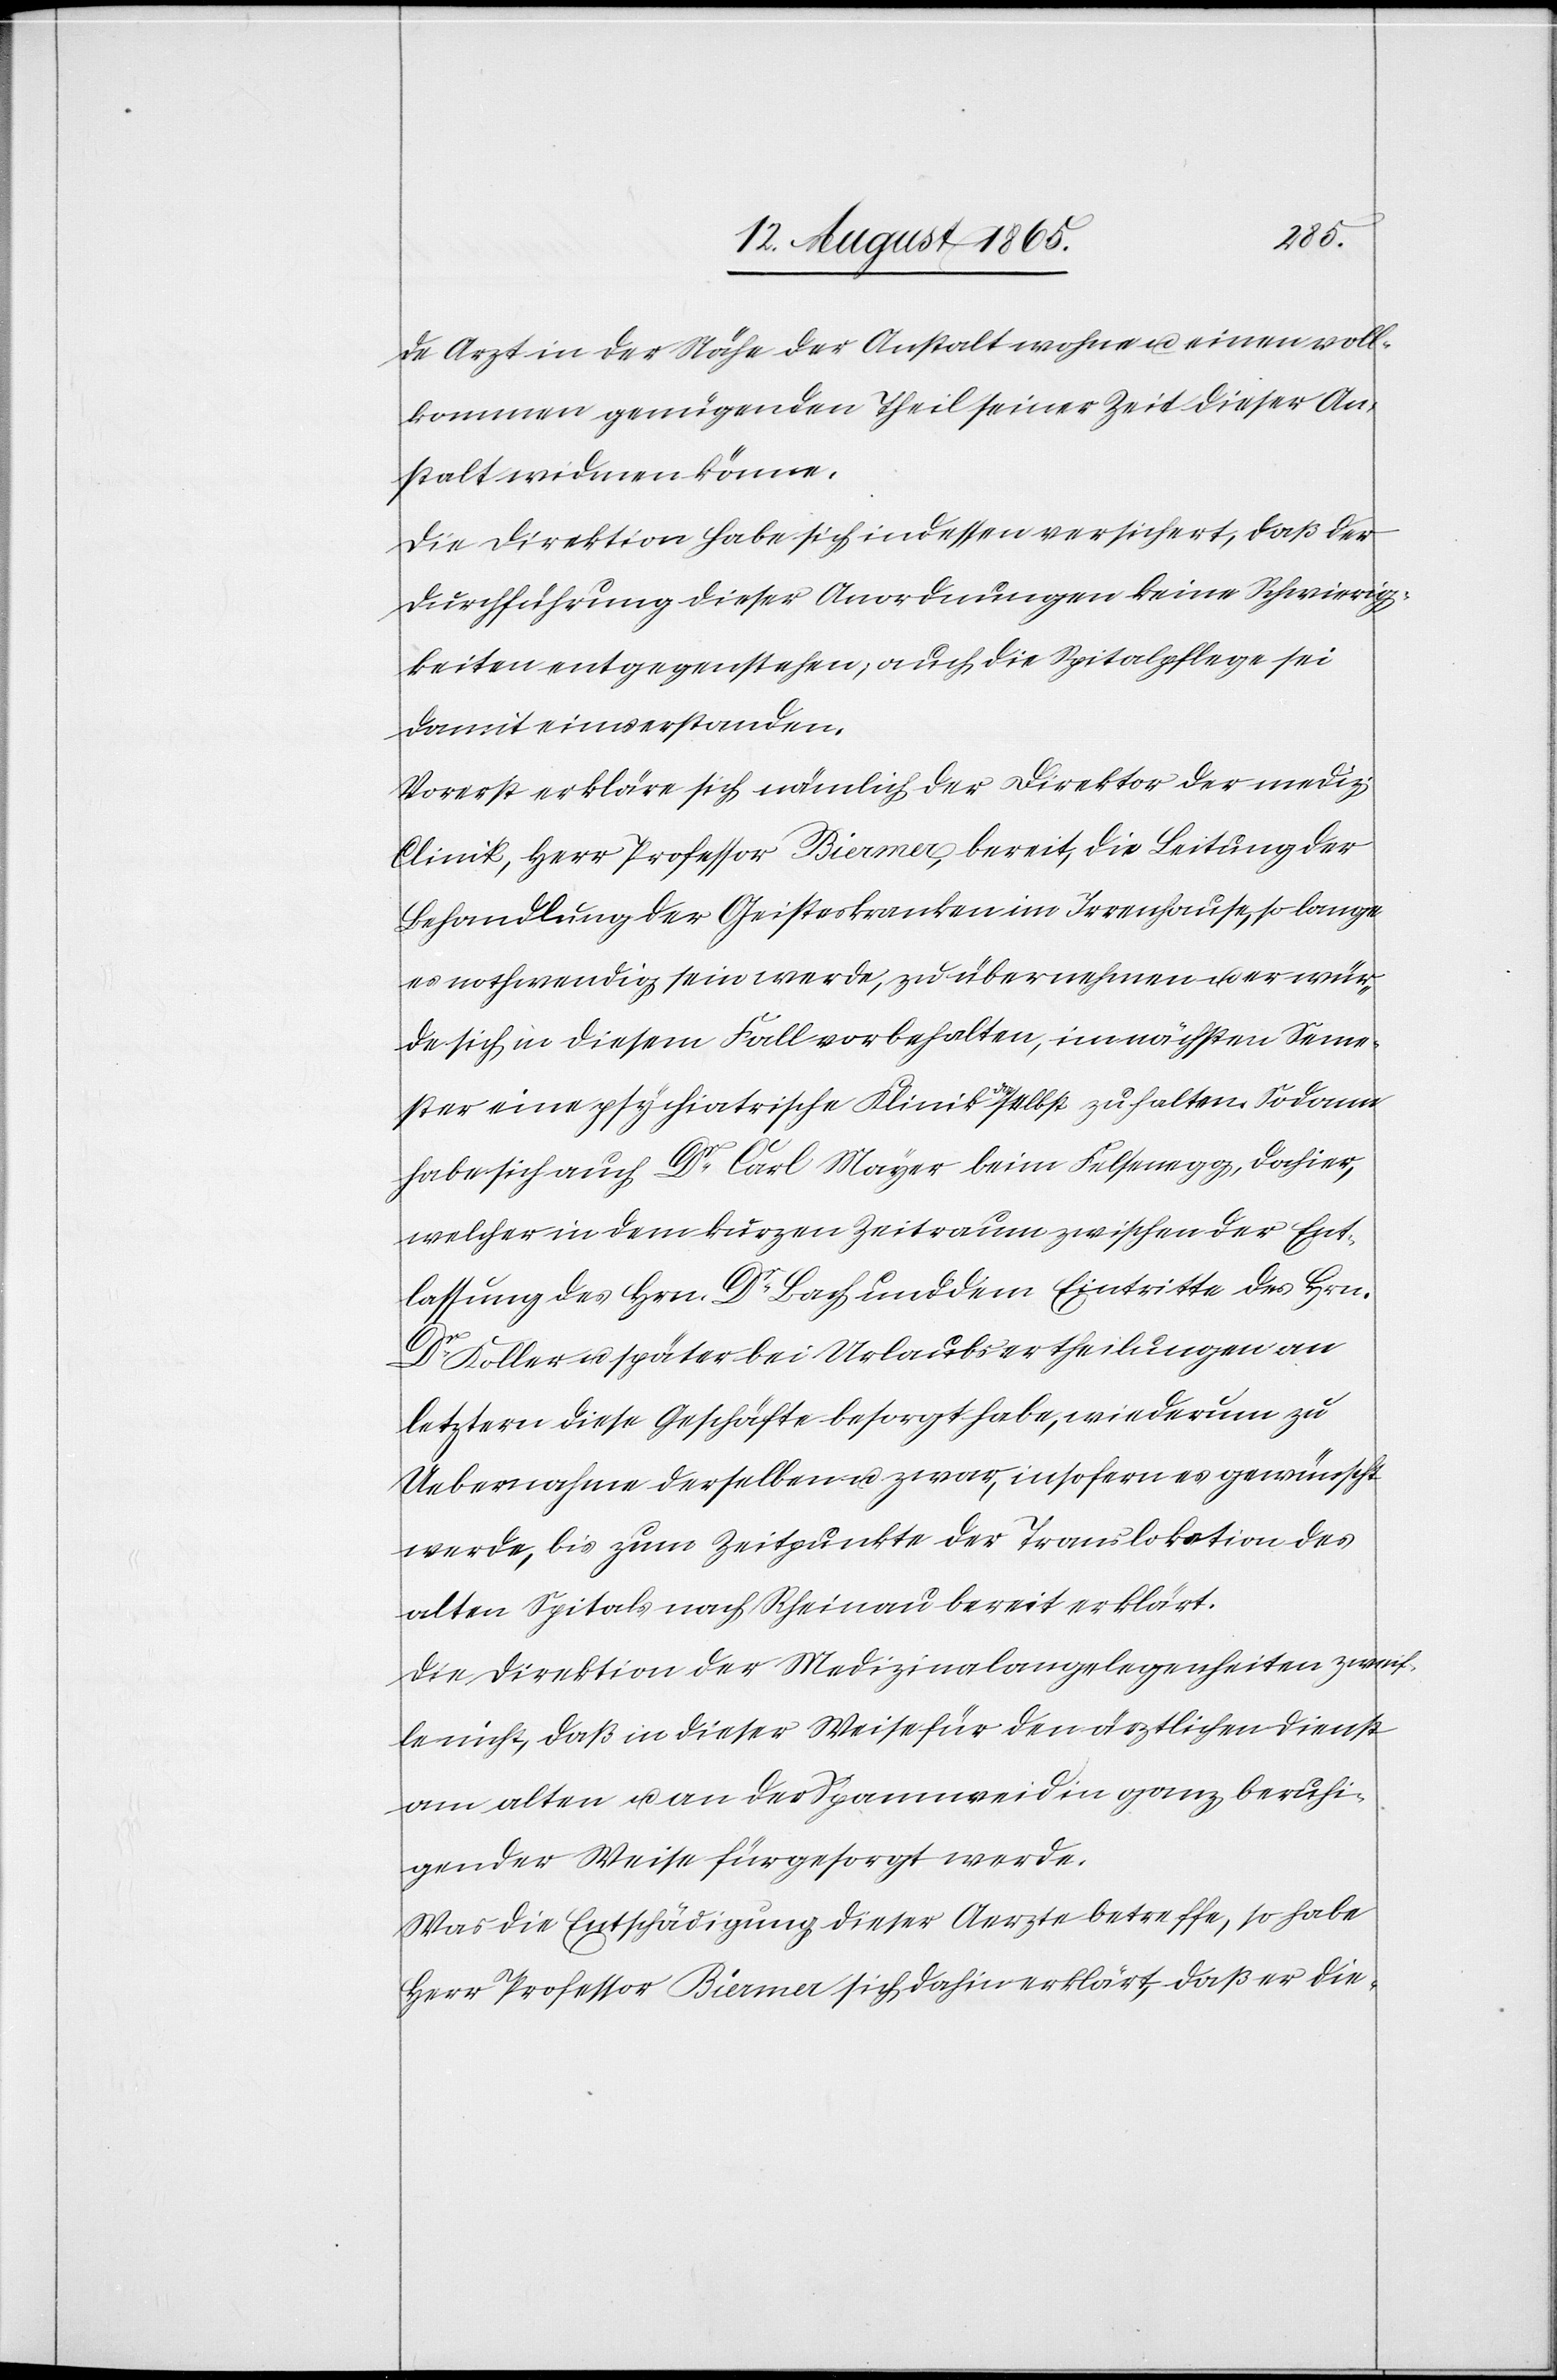
de Arzt in der Nähe der Anstalt wohne u. einen voll¬
kommen genügenden Theil seiner Zeit dieser An¬
stalt widmen könne.
Die Direktion habe sich indessen versichert, daß der
Durchführung dieser Anordnungen keine Schwierig¬
keiten entgegenstehen, auch die Spitalpflege sei
damit einverstanden.
Vorerst erkläre sich nämlich der Direktor der mediz.
Clinik, Herr Professor Biermer, bereit, die Leitung der
Behandlung der Geisteskranken im Irrenhause, so lange
es nothwendig sein werde, zu übernehmen u. er wür¬
de sich in diesem Fall vorbehalten, im nächsten Seme¬
ster eine psychiatrische Klinik daselbst zu halten. Sodann
habe sich auch Dr Carl Mayer beim Felsenegg, dahier,
welcher in dem kurzen Zeitraum zwischen der Ent¬
lassung des Hrn. Dr Bach und dem Eintritte des Hrn.
Dr Koller u. später bei Urlaubsertheilungen an
letztern diese Geschäfte besorgt habe, wiederum zu
Uebernahme derselben u. zwar, insofern es gewünscht
werde, bis zum Zeitpunkte der Translokation des
alten Spitals nach Rheinau bereit erklärt.
Die Direktion der Medizinalangelegenheiten zweif¬
le nicht, daß in dieser Weise für den ärztlichen Dienst
am alten u. an der Spannweid in ganz beruhi¬
gender Weise fürgesorgt werde.
Was die Entschädigung dieser Aerzte betreffe, so habe
Herr Professor Biermer sich dahin erklärt, daß er die-